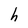
Character: h